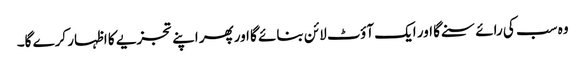
وہ سب کی رائے سنے گا اور ایک آؤٹ لائن بنائے گا اورپھر اپنے تجزیے کا اظہار کرے گا۔